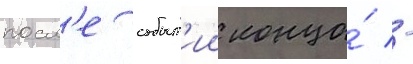
посл'е событ'ии конца́ -